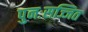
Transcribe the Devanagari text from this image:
पुनःसज्जित